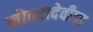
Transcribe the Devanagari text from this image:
मोहटादेवीगड